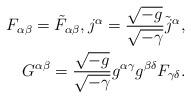
LaTeX: \begin{align*} F_{\alpha \beta} = \Tilde{F}_{\alpha \beta}, j^{\alpha} = \frac{\sqrt{-g}}{\sqrt{-\gamma}} \Tilde{j}^{\alpha}, \\ G^{\alpha \beta} = \frac{\sqrt{-g}}{\sqrt{-\gamma}} g^{\alpha \gamma} g^{\beta \delta} F_{\gamma \delta}. \end{align*}